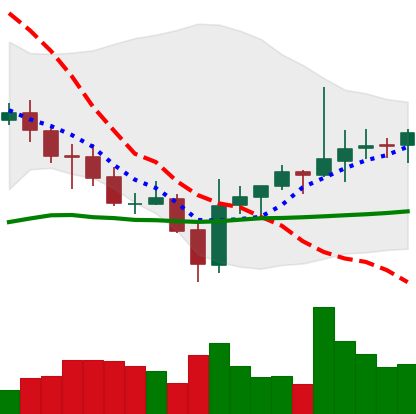
Ticker: ADA-USD
Chart end date: 2021-07-30
Forward return: 5.165%
Label: up_5_7